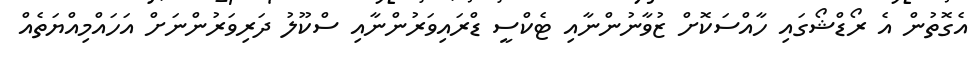
އެގޮތުން އެ ރޯޑްޝޯގައި ހާއްސަކޮށް ޒުވާނުންނާއި ޓެކްސީ ޑްރައިވަރުންނާއި ސްކޫލު ދަރިވަރުންނަށް އަހައްމިއްޔަތެއް